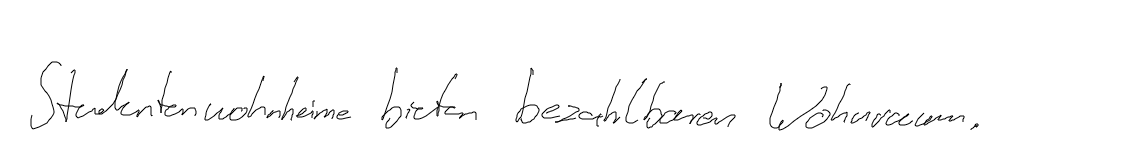
Studentenwohnheime bieten bezahlbaren Wohnraum.